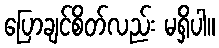
ပြောချင်စိတ်လည်း မရှိပါ။